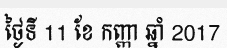
ថ្ងៃទី 11 ខែ កញ្ញា ឆ្នាំ 2017